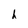
Character: h